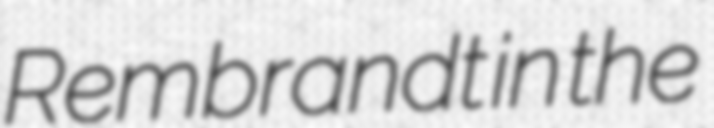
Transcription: Rembrandt in the